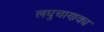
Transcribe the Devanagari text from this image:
लघुचाणक्य